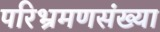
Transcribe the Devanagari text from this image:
परिभ्रमणसंख्या